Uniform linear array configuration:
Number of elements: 64
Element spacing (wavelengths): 0.25
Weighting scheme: kaiser
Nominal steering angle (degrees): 30
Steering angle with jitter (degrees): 31.061
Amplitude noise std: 0.05
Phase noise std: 0.05

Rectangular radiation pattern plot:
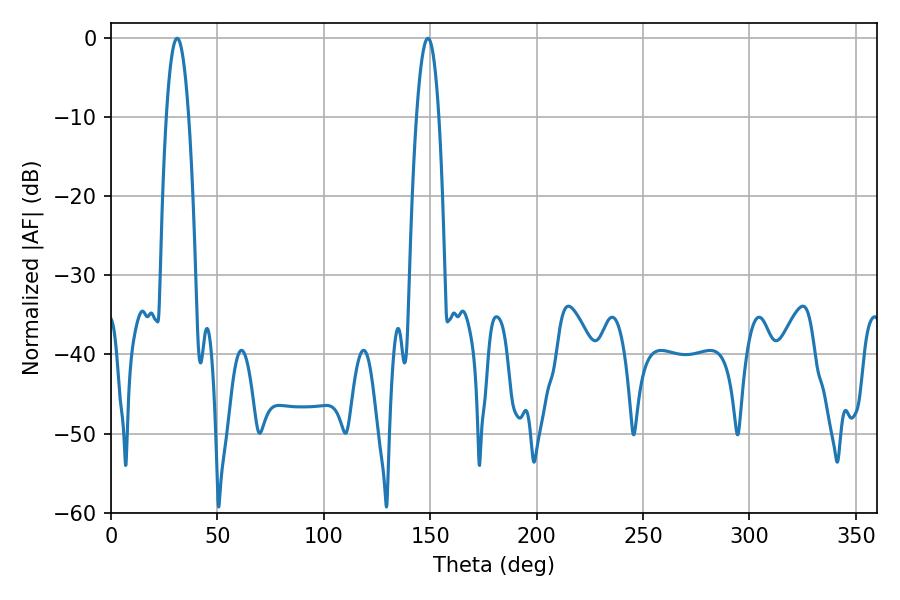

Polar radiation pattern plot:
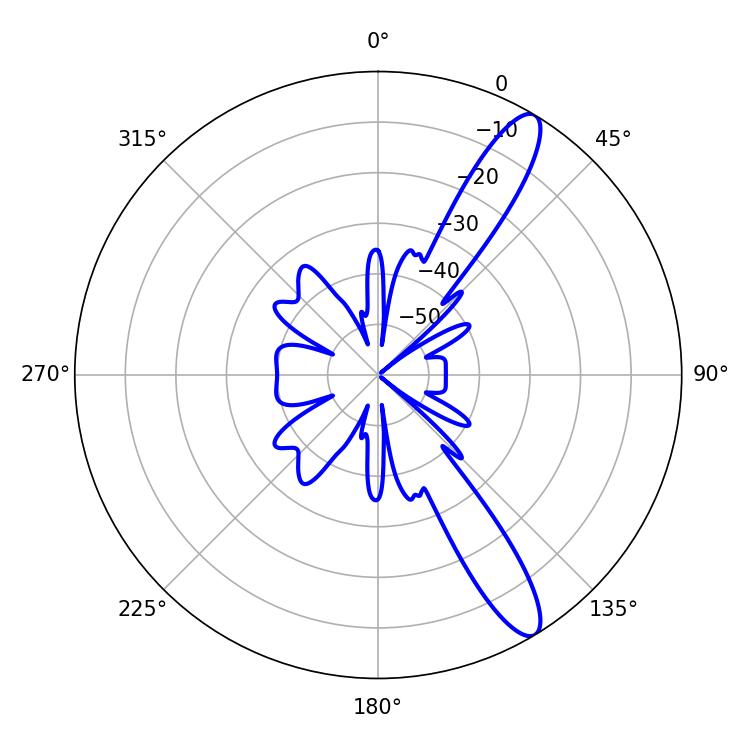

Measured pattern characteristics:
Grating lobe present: FALSE
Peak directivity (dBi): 12.488
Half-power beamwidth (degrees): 5.76
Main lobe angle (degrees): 31.14